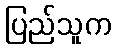
ပြည်သူက